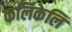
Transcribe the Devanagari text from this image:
कलिकेलि